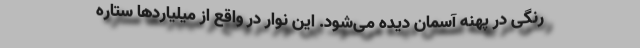
رنگی در پهنهٔ آسمان دیده می‌شود. این نوار در واقع از میلیارد‌ها ستاره